Punjab Mental Hospital Lahore 1922-31 - 1922-1931
Year: 1922
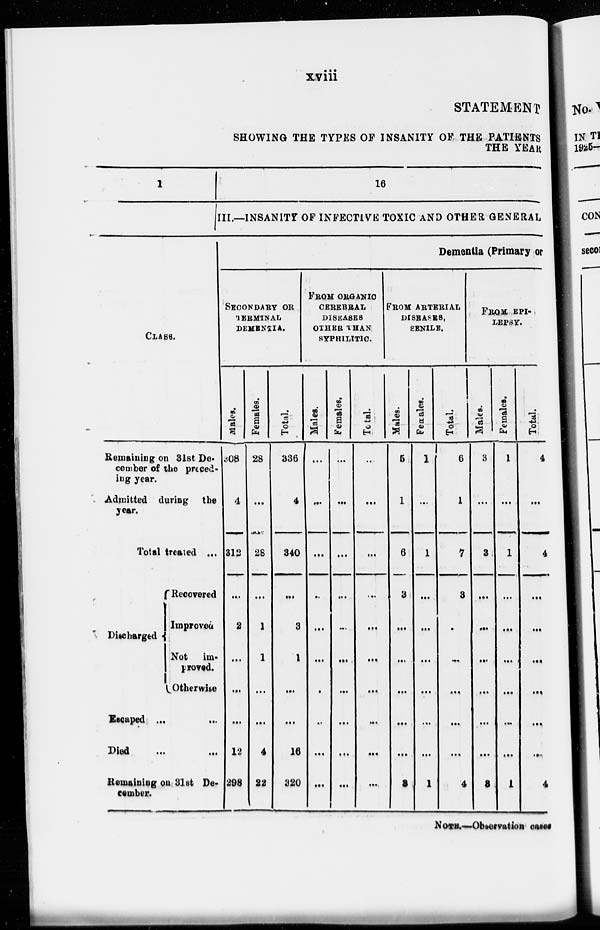
xviii
STATEMENT
SHOWING THE TYPES OF INSANITY OF THE PATIENTS
THE YEAR
1
CLASS.
Remaining on 31st De-
cember of the preced-
ing year.
Admitted during the
year.
Total treated ...
Discharged
Recovered
Improved
Not im-
proved.
Otherwise
Escaped ...
...
Died
...
...
Remaining on 31st De-
cember.
16
III.—INSANITY OF INFECTIVE TOXIC AND OTHER GENERAL
Dementia (Primary or
SECONDARY OR
TERMINAL
DEMENTIA.
Males.
308
4
312
...
2
...
...
...
12
298
Females.
28
...
28
...
1
1
...
...
4
22
Total.
336
4
340
...
3
1
...
...
16
320
FROM ORGANIC
CEREBRAL
DISEASES
OTHER THAN
SYPHILITIC.
Males.
...
...
...
...
...
...
...
...
...
...
Females.
...
...
...
...
...
...
...
...
...
...
Total.
...
...
...
...
...
...
...
...
...
...
FROM ARTERIAL
DISEASES,
SENILE.
Males.
5
1
6
3
...
...
...
...
...
3
Females.
1
...
1
...
...
...
...
...
...
1
Total.
6
1
7
3
...
...
...
...
...
4
FROM EPI¬
LEPSY.
Males.
3
...
3
...
...
...
...
...
...
3
Females.
1
...
1
...
...
...
...
...
...
1
Total.
4
...
4
...
...
...
...
...
...
4
NOTE.-Observation cases